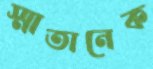
স্মাতানেক